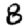
Digit: 8